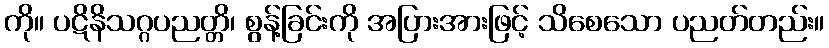
ကို။ ပဋိနိသဂ္ဂပညတ္တိ၊ စွန့်ခြင်းကို အပြားအားဖြင့် သိစေသော ပညတ်တည်း။